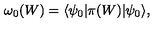
\omega _ { 0 } ( W ) = \langle \psi _ { 0 } | \pi ( W ) | \psi _ { 0 } \rangle ,